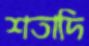
শতাদি